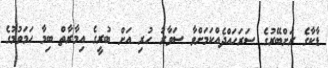
ޑާކާގެ ރަށްބޭރުގެ ސަރަހައްދެއްކަމަށްވާ ސަވާރު ހުރި އަށް ބުރީގެ އިމާރާތް ބިމާ ހަމަވުމުގެ